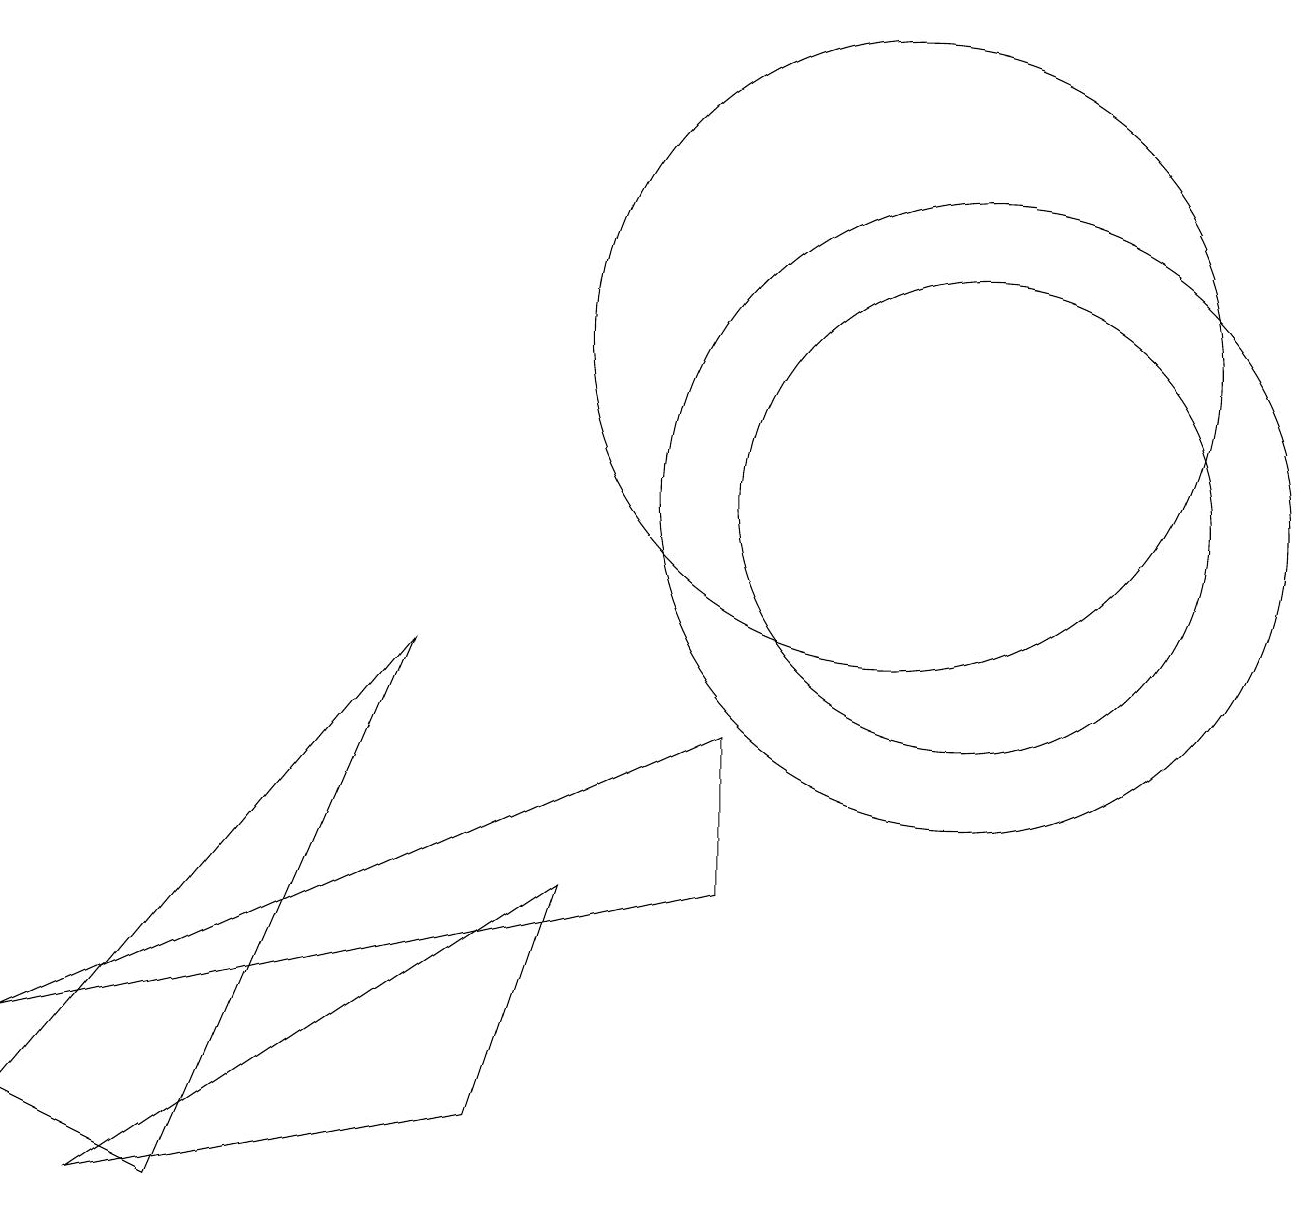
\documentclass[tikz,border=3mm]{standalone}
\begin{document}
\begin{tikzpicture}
\draw (11,12) circle (4);
\draw (12,10) circle (3);
\draw (9,7) -- (9,5) -- (0,3) -- cycle;
\draw (1,1) -- (6,2) -- (7,5) -- cycle;
\draw (12,10) circle (4);
\draw (2,1) -- (0,2) -- (5,8) -- cycle;
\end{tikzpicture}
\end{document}